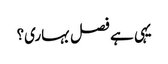
یہی ہے فصل بہاری؟